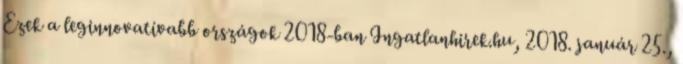
Ezek a leginnovatívabb országok 2018-ban Ingatlanhirek.hu, 2018. január 25.,